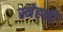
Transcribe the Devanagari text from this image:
स्नेहकी